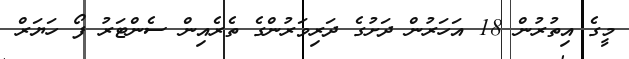
މީގެ އިތުރުން 18 އަހަރުން ދަށުގެ ދަރިވަރުންގެ ތެރެއިން ސެންޓަރު ފޯ ހަޔަރް